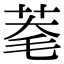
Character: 𦯮